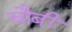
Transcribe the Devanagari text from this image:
चौबीं